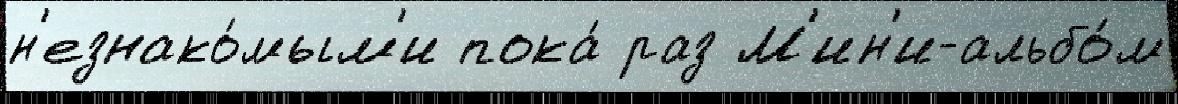
н'езнако́мым'и пока́ раз М'ин'и-альбо́м